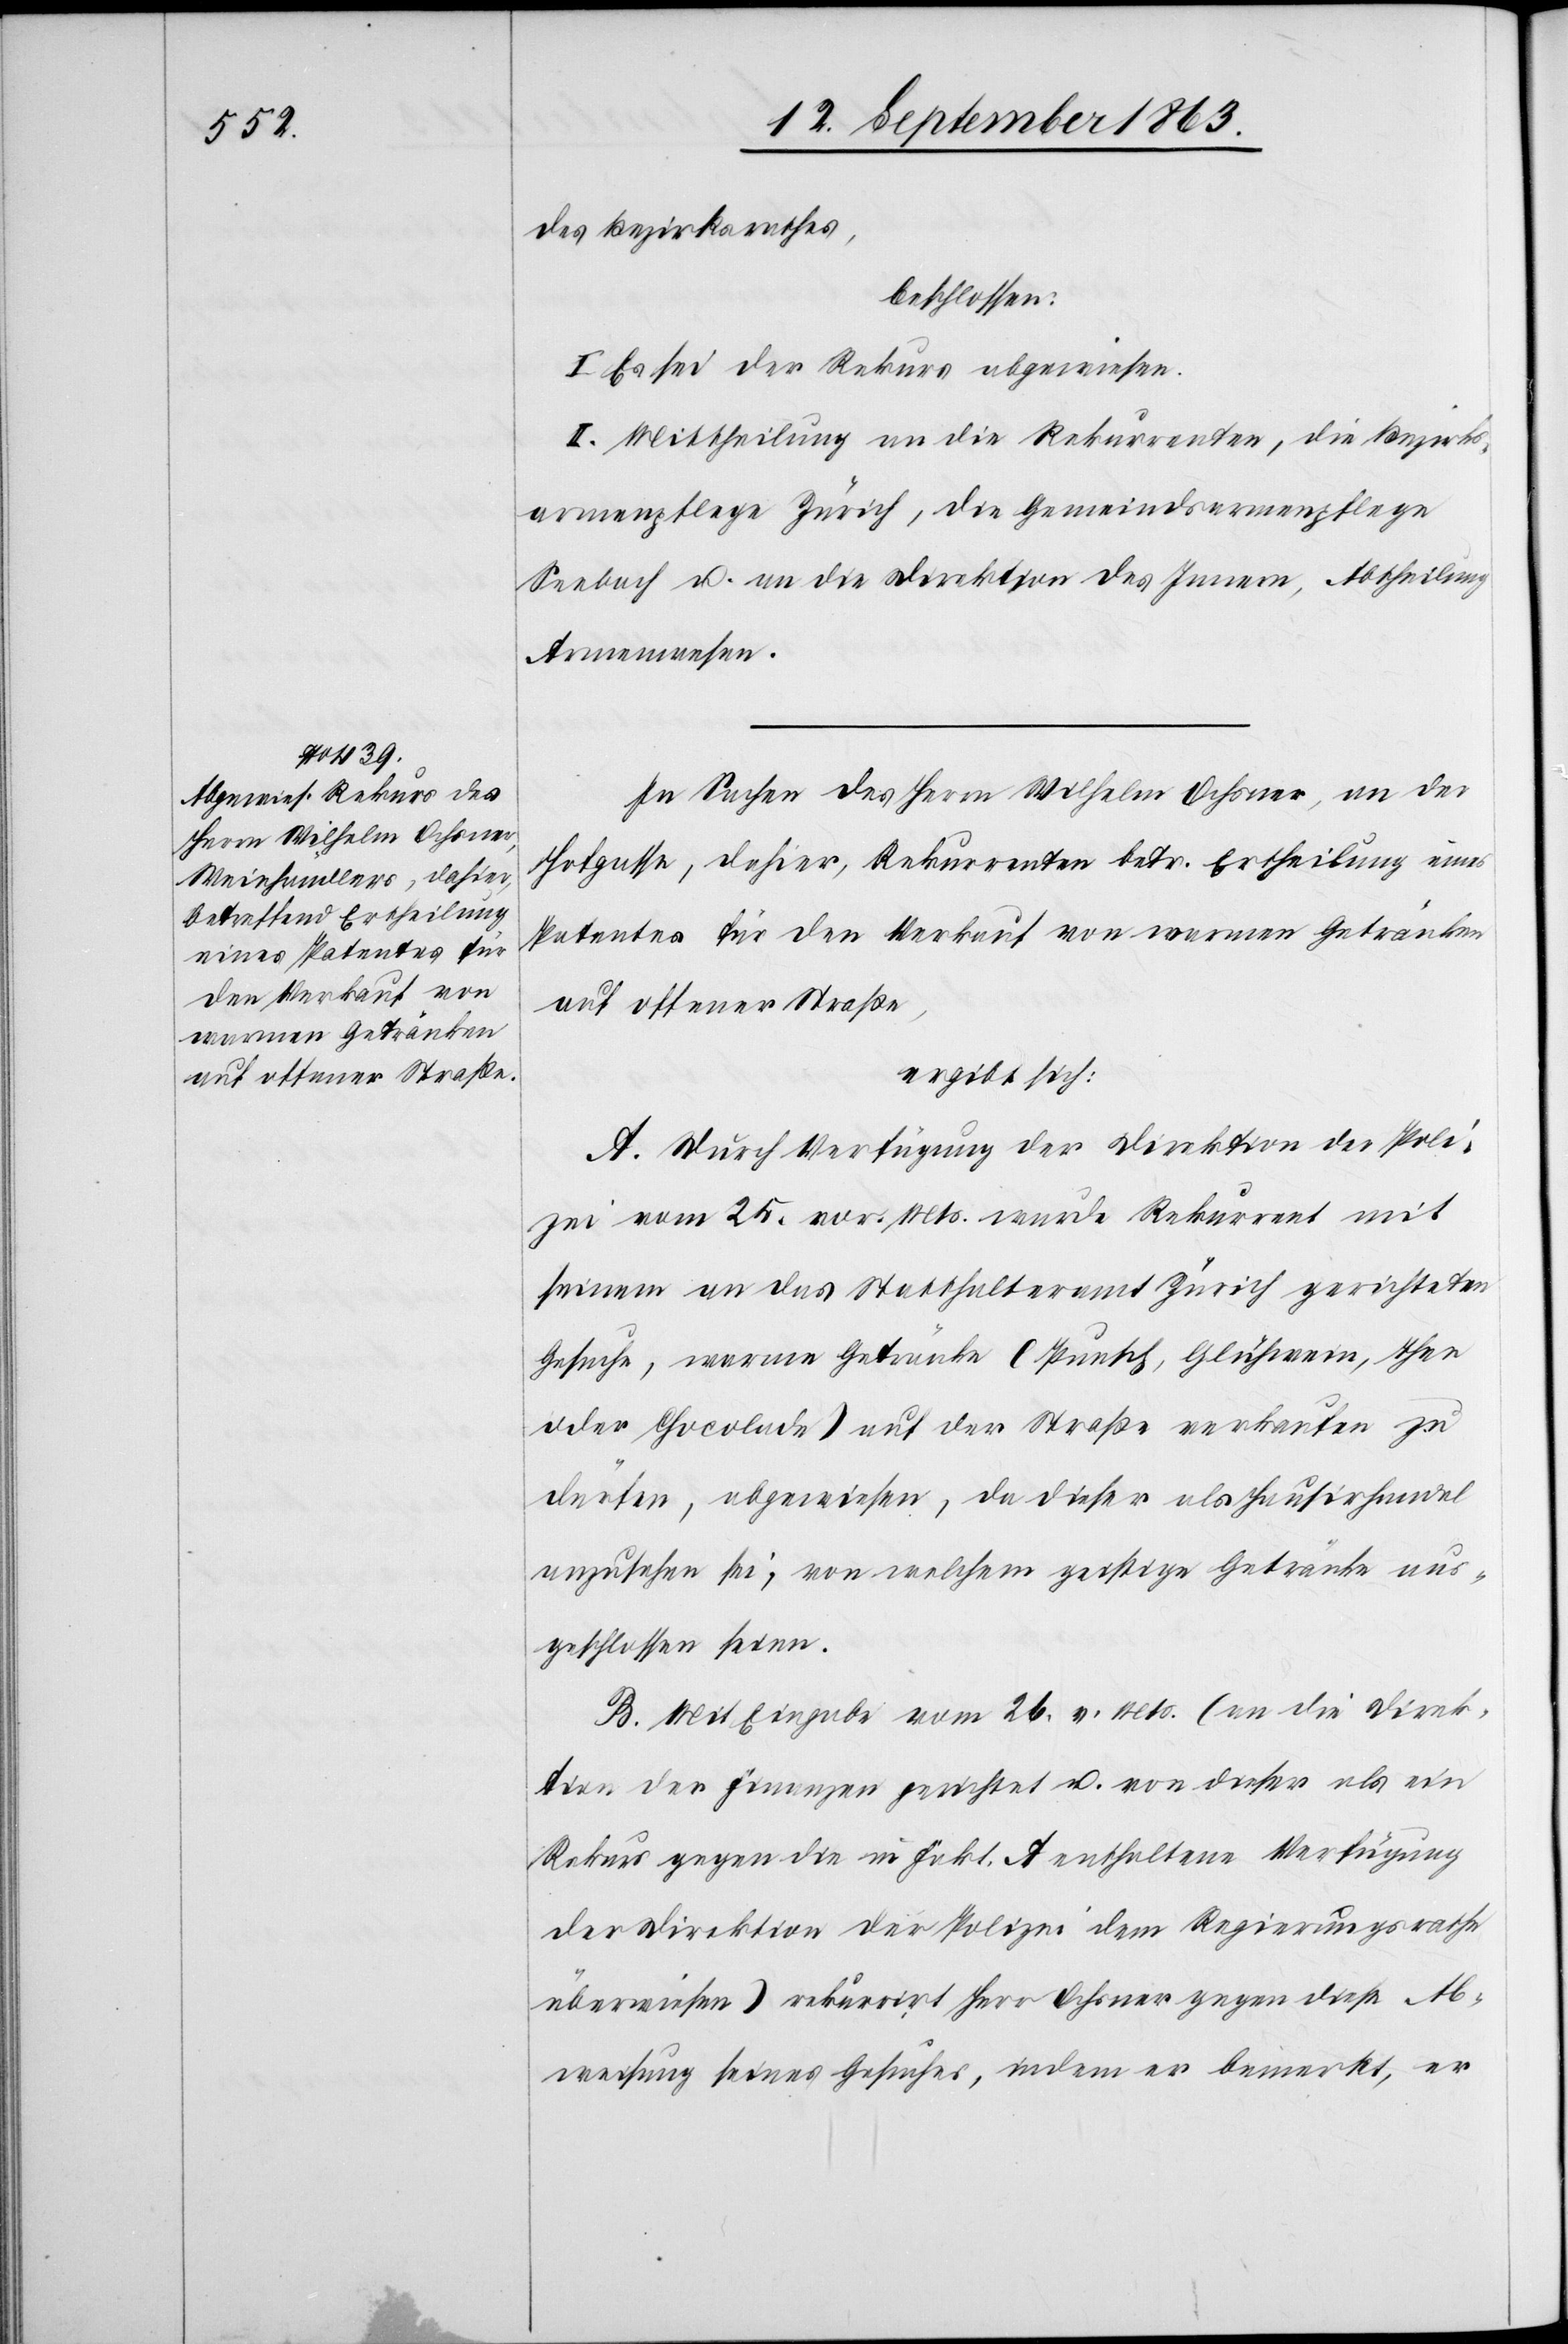
des Bezirksrathes,
beschlossen:
I. Es sei der Rekurs abgewiesen.
II. Mittheilung an die Rekurrenten, die Bezirks¬
armenpflege Zürich, die Gemeindsarmenpflege
Seebach u. an die Direktion des Innern, Abtheilung
Armenwesen.
In Sachen des Herrn Wilhelm Ochsner, an der
Hofgasse, dahier, Rekurrenten betr. Ertheilung eines
Patentes für den Verkauf von warmen Getränken
auf offener Straße,
ergibt sich:
A. Durch Verfügung der Direktion der Poli¬
zei vom 25. vor. Mts. wurde Rekurrent mit
seinem an das Statthalteramt Zürich gerichteten
Gesuche, warme Getränke (Punsch, Glühwein, Thee
oder Chocolade) auf der Straße verkaufen zu
dürfen, abgewiesen, da dieser als Hausirhandel
anzusehen sei, von welchem geistige Getränke aus¬
geschlossen seien.
B. Mit Eingabe vom 26. v. Mts. (an die Direk¬
tion der Finanzen gerichtet u. von dieser als ein
Rekurs gegen die in Fakt. A enthaltene Verfügung
der Direktion der Polizei dem Regierungsrathe
überwiesen) rekurrirt Herr Ochsner gegen diese Ab¬
weisung seines Gesuches, indem er bemerkt, er